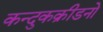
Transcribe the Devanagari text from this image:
कन्दुकक्रीडनो